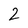
Character: 2